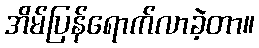
အိမ်ပြန်ရောက်လာခဲ့တာ။